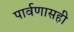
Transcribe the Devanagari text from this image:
पार्वणासही